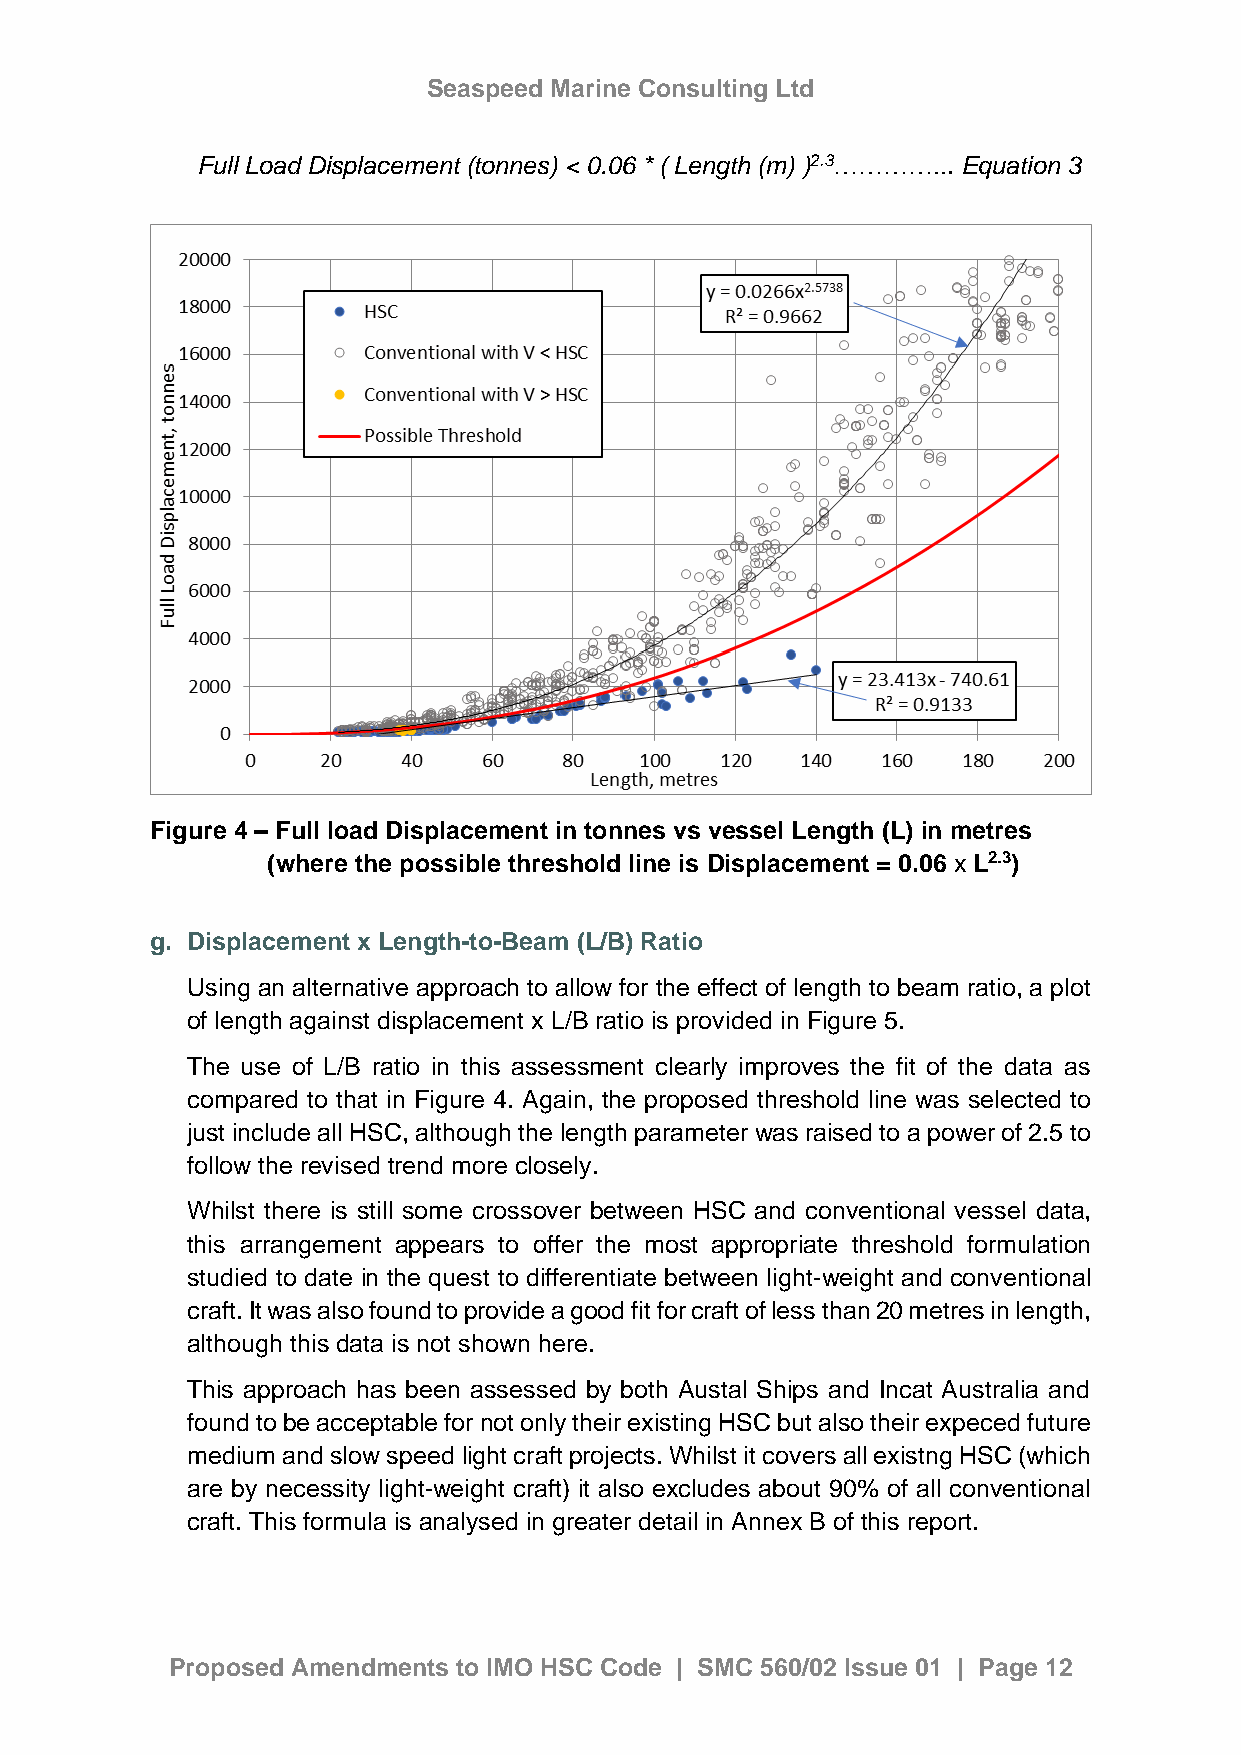
Seaspeed Marine Consulting Ltd
 Full Load Displacement (tonnes) < 0.06 * ( Length (m) )2.3…………... Equation 3
 Figure 4 – Full load Displacement in tonnes vs vessel Length (L) in metres
 (where the possible threshold line is Displacement = 0.06 x L2.3)
 g. Displacement x Length-to-Beam (L/B) Ratio
 Using an alternative approach to allow for the effect of length to beam ratio, a plot
 of length against displacement x L/B ratio is provided in Figure 5.
 The use of L/B ratio in this assessment clearly improves the fit of the data as
 compared to that in Figure 4. Again, the proposed threshold line was selected to
 just include all HSC, although the length parameter was raised to a power of 2.5 to
 follow the revised trend more closely.
 Whilst there is still some crossover between HSC and conventional vessel data,
 this arrangement appears to offer the most appropriate threshold formulation
 studied to date in the quest to differentiate between light-weight and conventional
 craft. It was also found to provide a good fit for craft of less than 20 metres in length,
 although this data is not shown here.
 This approach has been assessed by both Austal Ships and Incat Australia and
 found to be acceptable for not only their existing HSC but also their expeced future
 medium and slow speed light craft projects. Whilst it covers all existng HSC (which
 are by necessity light-weight craft) it also excludes about 90% of all conventional
 craft. This formula is analysed in greater detail in Annex B of this report.
 Proposed Amendments to IMO HSC Code | SMC 560/02 Issue 01 | Page 12